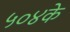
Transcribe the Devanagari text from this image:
५०४के